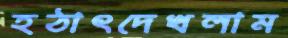
হঠাৎদেখলাম